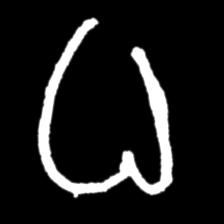
Pyu character \u2014 Myanmar letter: ဓ (romanized: dha)